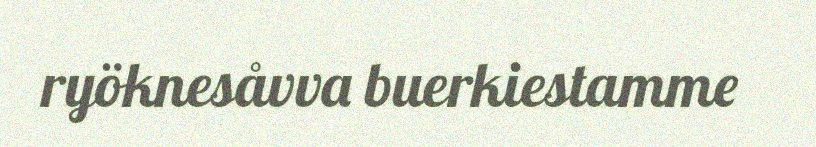
ryöknesåvva buerkiestamme